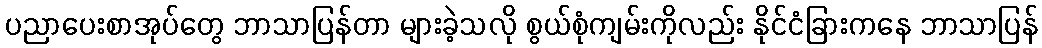
ပညာပေးစာအုပ်တွေ ဘာသာပြန်တာ များခဲ့သလို စွယ်စုံကျမ်းကိုလည်း နိုင်ငံခြားကနေ ဘာသာပြန်